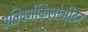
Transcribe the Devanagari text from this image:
प्रतिवर्गकिलोमीटर